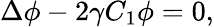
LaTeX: \Delta\phi-2\gamma C_{1}\phi=0,